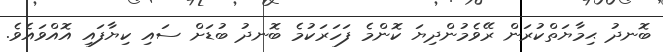
ބޮނދު ޙިމާޔަތްކުރަން ރޭވެމުންދިޔަ ކޮންމެ ފަހަރަކުމެ ބޮނދު ބުޑަށް ސައި ކިޔާފައި އޮއްވައެވެ.